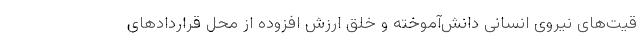
قیت‌های نیروی انسانی دانش‌آموخته و خلق ارزش افزوده از محل قراردادهای